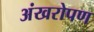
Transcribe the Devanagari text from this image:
अंखरोपण